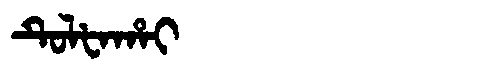
Manchu: ᡨᡠᠯᡶᠠᡥᠠᡳ
Romanization: TULFAHAI